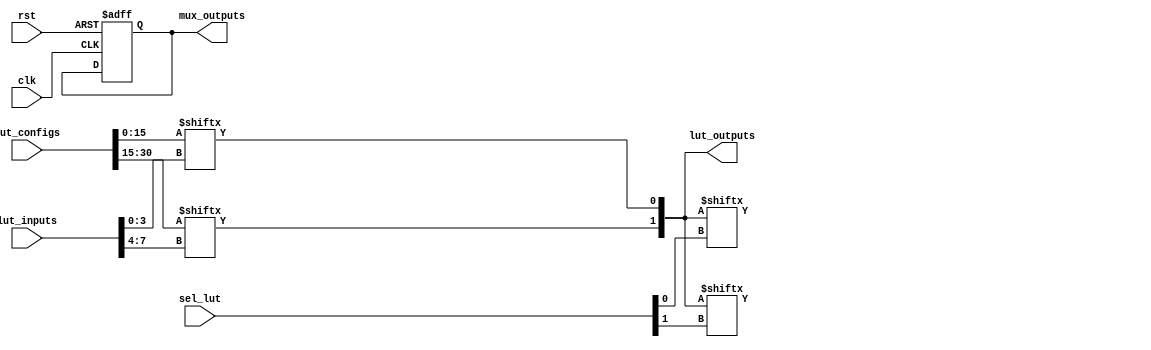
module ConfigurableLogicBlock #(
    parameter NUM_LUTS = 2, // Number of LUTs
    parameter LUT_SIZE = 16 // Size of each LUT (4 inputs)
)(
    input wire [NUM_LUTS*4-1:0] lut_inputs, // Combined inputs for all LUTs
    input wire [NUM_LUTS*15:0] lut_configs, // LUT configuration (truth table)
    input wire [NUM_LUTS-1:0] sel_lut, // Select signal for multiplexers
    input wire clk, // Clock for flip-flops
    input wire rst, // Reset signal
    output wire [NUM_LUTS-1:0] lut_outputs, // Outputs from LUTs
    output wire [NUM_LUTS-1:0] mux_outputs // Outputs from multiplexers
);

    // LUT implementation
    genvar i;
    generate
        for (i = 0; i < NUM_LUTS; i = i + 1) begin : lut_block
            wire [3:0] inputs = lut_inputs[i*4 +: 4]; // 4 inputs for each LUT
            wire [15:0] config = lut_configs[i*15 +: 16]; // LUT config for each LUT

            // LUT Logic
            assign lut_outputs[i] = config[inputs]; // Evaluate LUT based on inputs and config
        end
    endgenerate

    // Multiplexer implementation
    genvar j;
    generate
        for (j = 0; j < NUM_LUTS; j = j + 1) begin : mux_block
            wire [NUM_LUTS-1:0] mux_inputs = lut_outputs; // Inputs from LUTs
            assign mux_outputs[j] = mux_inputs[sel_lut[j]]; // Select output based on sel_lut
        end
    endgenerate

    // Optional Flip-Flops
    reg [NUM_LUTS-1:0] ff_outputs;
    always @(posedge clk or posedge rst) begin
        if (rst) begin
            ff_outputs <= 0; // Reset outputs
        end else begin
            ff_outputs <= mux_outputs; // Store the selected outputs
        end
    end

    // Final output (can be connected to the flip-flops or mux outputs)
    assign mux_outputs = ff_outputs;

endmodule